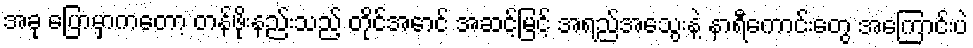
အခု ပြောမှာကတော့ တန်ဖိုးနည်းသည့် တိုင်အောင် အဆင့်မြင့် အရည်အသွေးနဲ့ နာရီကောင်းတွေ အကြောင်းပဲ